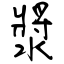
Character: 漿